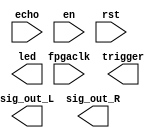

// Efinity Top-level template
// Version: 2021.1.165

// Copyright (C) 2017 - 2021 Efinix Inc. All rights reserved.

// This file may be used as a starting point for Efinity synthesis top-level target.
// The port list here matches what is expected by Efinity constraint files generated
// by the Efinity Interface Designer.

// To use this:
//     #1)  Save this file with a different name to a different directory, where source files are kept.
//              Example: you may wish to save as C:\Users\user\Desktop\son_final proje\final_project_en_design.v
//     #2)  Add the newly saved file into Efinity project as design file
//     #3)  Edit the top level entity in Efinity project to:  final_project_en_design
//     #4)  Insert design content.


module final_project_en_design
(
  input [2:0] echo,
  input en,
  input fpgaclk,
  input rst,
  output [2:0] led,
  output [3:0] sig_out_L,
  output [3:0] sig_out_R,
  output [2:0] trigger
);


endmodule